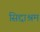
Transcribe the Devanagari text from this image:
सिद्दाश्रम